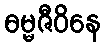
ဓမ္မဇီဝိနေ